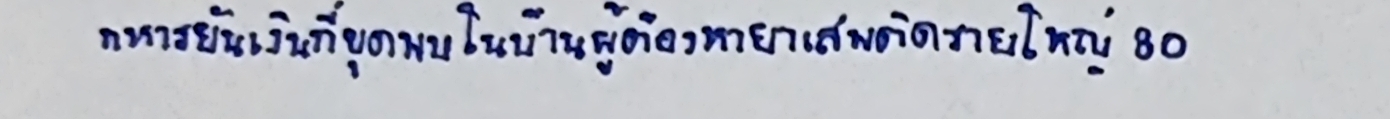
ทหารยันเงินที่ขุดพบในบ้านผู้ต้องหายาเสพติดรายใหญ่30